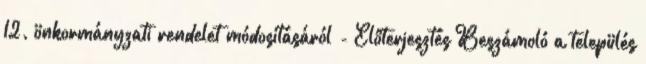
12. önkormányzati rendelet módosításáról - Előterjesztés Beszámoló a település